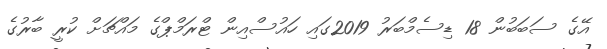
އޭގެ ސަބަބުން 18 ޑިސެމްބަރު 2019ގައި ހައުސްއިން ޓްރަމްޕްގެ މައްޗަށް ކުރީ ބާރުގެ